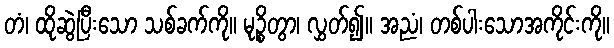
တံ၊ ထိုဆွဲပြီးသော သစ်ခက်ကို။ မုဉ္စိတွာ၊ လွှတ်၍။ အညံ၊ တစ်ပါးသောအကိုင်းကို။